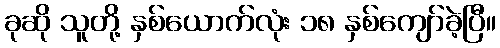
ခုဆို သူတို့ နှစ်ယောက်လုံး ၁၈ နှစ်ကျော်ခဲ့ပြီ။